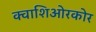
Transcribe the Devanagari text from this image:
क्वाशिओरकोर